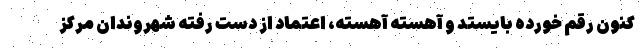
کنون رقم خورده بایستد و آهسته آهسته، اعتماد از دست رفته شهروندان مرکز